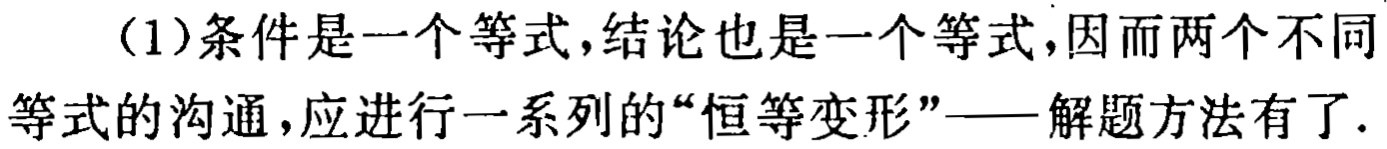
（1）条件是一个等式，结论也是一个等式，因而两个不同等式的沟通，应进行一系列的“恒等变形”——解题方法有了.